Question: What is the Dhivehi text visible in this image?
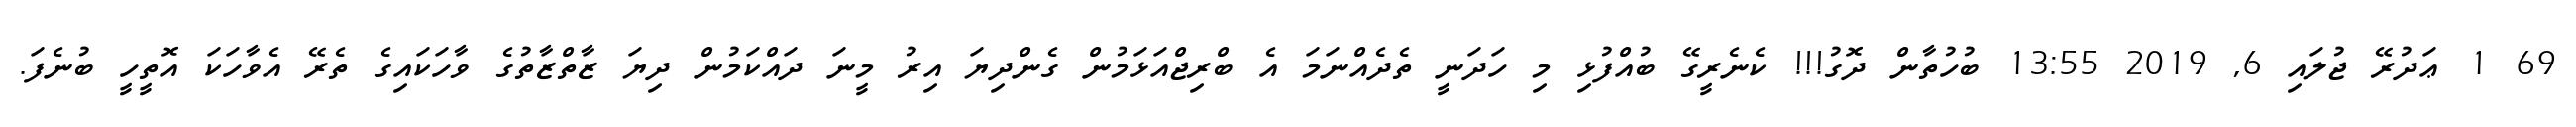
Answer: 69 1 ޢަދުރޭ ޖުލައި 6, 2019 13:55 ބުހުތާން ދޮގު!!! ކެނެރީގޭ ބުއްފުޅި މި ހަދަނީ ތެދެއްނަމަ އެ ބްރިޖްއަޅަމުން ގެންދިޔަ އިރު މީނަ ދައްކަމުން ދިޔަ ޒާތްޒާތުގެ ވާހަކައިގެ ތެރޭ އެވާހަކަ އޮތީހީ ބުނެފަ.